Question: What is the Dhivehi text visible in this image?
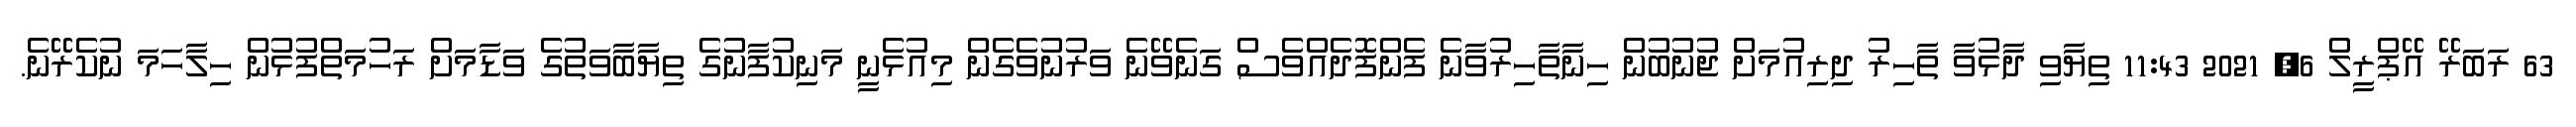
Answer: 63 ރަބަރޭ އޭޕްރީލް 6, 2021 11:43 ތިޔާވި ދާޅުވާ ތާހިރު ދިރިއުމަށް ޖުނުބުން ހިނާތާހިރުވާނެ ފެންފޮދެއްވެސް ގަނެވޭނެ ވަރުނުވެގެން މިއުޅެނީ މަނިކުފާނުގެ ތިޔާބާވަތުގެ ވަޑާމަށް ރަހުމަތްފުޅުން ހިލާހަމަ ނުކެރޭނެ.